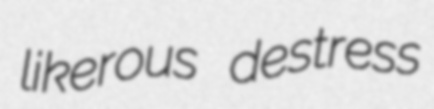
likerous destress